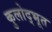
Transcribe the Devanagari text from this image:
कुलोद्भूत